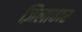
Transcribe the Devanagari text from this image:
ज़िलावार